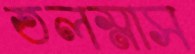
তলস্নাস